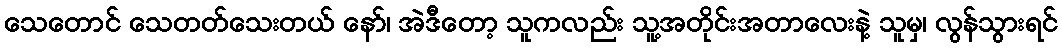
သေတောင် သေတတ်သေးတယ် နော်၊ အဲဒီတော့ သူကလည်း သူ့အတိုင်းအတာလေးနဲ့ သူမှ၊ လွန်သွားရင်